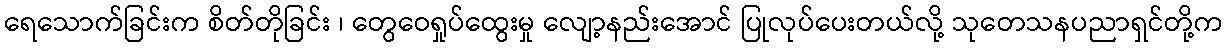
ရေသောက်ခြင်းက စိတ်တိုခြင်း ၊ တွေဝေရှုပ်ထွေးမှု လျော့နည်းအောင် ပြုလုပ်ပေးတယ်လို့ သုတေသနပညာရှင်တို့က